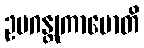
ဥပဂန္တုကာမောတိ